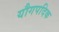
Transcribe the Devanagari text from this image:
यौगपदिक